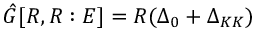
\hat { G } [ R , R : E ] = R ( \Delta _ { 0 } + \Delta _ { K K } )